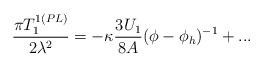
LaTeX: \begin{align*}\frac{\pi T_{1}^{1(PL)}}{2\lambda ^{2}}=-\kappa \frac{3U_{1}}{8A}(\phi -\phi_{h})^{-1}+... \end{align*}